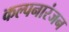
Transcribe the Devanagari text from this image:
कल्पनारंजन